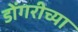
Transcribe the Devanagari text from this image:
डोंगरीच्या